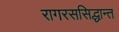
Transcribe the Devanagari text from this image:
रागरससिद्धान्त